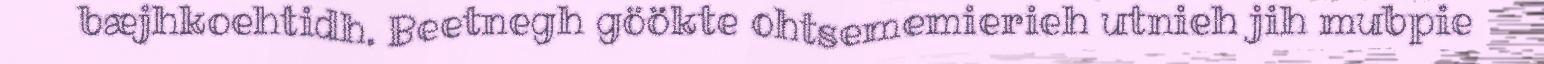
bæjhkoehtidh. Beetnegh göökte ohtsememierieh utnieh jih mubpie